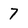
Character: 7